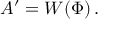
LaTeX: A ^ { \prime } = W \! \left( \Phi \right) .